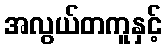
အလွယ်တကူနှင့်